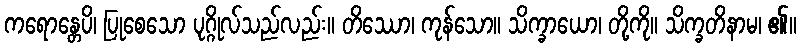
ကရောန္တေပိ၊ ပြုစေသော ပုဂ္ဂိုလ်သည်လည်း။ တိဿော၊ ကုန်သော။ သိက္ခာယော၊ တို့ကို။ သိက္ခတိနာမ၊ ၏။